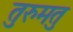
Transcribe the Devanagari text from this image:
तुरुमतु